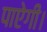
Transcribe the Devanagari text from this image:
पाऐगी।